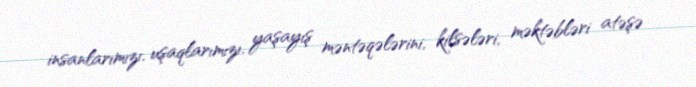
insanlarımızı, uşaqlarımızı, yaşayış məntəqələrini, kilsələri, məktəbləri atəşə